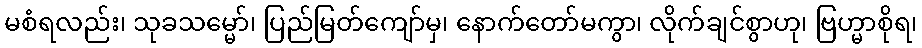
မစံရလည်း၊ သုခသမ္မော်၊ ပြည်မြတ်ကျော်မှ၊ နောက်တော်မကွာ၊ လိုက်ချင်စွာဟု၊ ဗြဟ္မာစိုရ၊